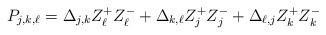
LaTeX: \begin{align*}P_{j,k,\ell}=\Delta_{j,k} Z_{\ell}^+Z_{\ell}^-+\Delta_{k,\ell} Z_{j}^+Z_{j}^-+\Delta_{\ell,j} Z_{k}^+Z_{k}^-\end{align*}